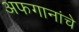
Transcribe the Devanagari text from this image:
अफगानांचे